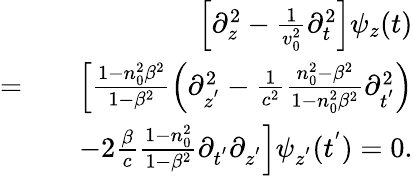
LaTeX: \begin{array}{rlr}&{}&{\left[\partial_{z}^{2}-\frac{1}{v_{0}^{2}}\partial_{t}^{2}\right]\psi_{z}(t)}\\ {=}&{}&{\left[\frac{1-n_{0}^{2}\beta^{2}}{1-\beta^{2}}\left(\partial_{z^{'}}^{2}-\frac{1}{c^{2}}\frac{n_{0}^{2}-\beta^{2}}{1-n_{0}^{2}\beta^{2}}\partial_{t^{'}}^{2}\right)\right.}\\ &{}&{\left.-2\frac{\beta}{c}\frac{1-n_{0}^{2}}{1-\beta^{2}}\partial_{t^{'}}\partial_{z^{'}}\right]\psi_{z^{'}}(t^{'})=0.}\end{array}